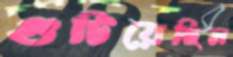
গুটিয়েছিল